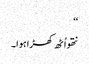
‘‘
نتھو اُٹھ کھڑا ہوا۔